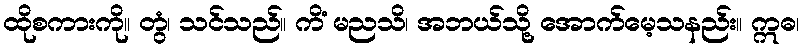
ထိုစကားကို။ တွံ၊ သင်သည်။ ကိံ မညသိ၊ အဘယ်သို့ အောက်မေ့သနည်း။ ဣဓ၊